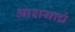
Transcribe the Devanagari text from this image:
आशयाचं